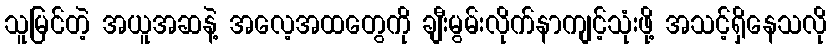
သူမြင်တဲ့ အယူအဆနဲ့ အလေ့အထတွေကို ချီးမွမ်းလိုက်နာကျင့်သုံးဖို့ အသင့်ရှိနေသလို